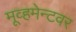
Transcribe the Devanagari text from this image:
मूव्हमेन्टवर